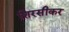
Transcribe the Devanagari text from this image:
शिरसीकर